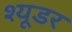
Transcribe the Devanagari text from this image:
श्यूडर